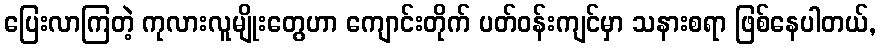
ပြေးလာကြတဲ့ ကုလားလူမျိုးတွေဟာ ကျောင်းတိုက် ပတ်ဝန်းကျင်မှာ သနားစရာ ဖြစ်နေပါတယ်,